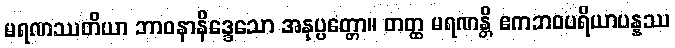
မရဏဿတိယာ ဘာဝနာနိဒ္ဒေသော အနုပ္ပတ္တော။ တတ္ထ မရဏန္တိ ဧကဘဝပရိယာပန္နဿ